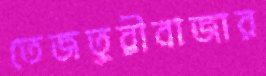
তেজতুরীবাজার